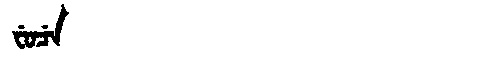
Manchu: ᠸᡠᠴᡝ
Romanization: FUCE